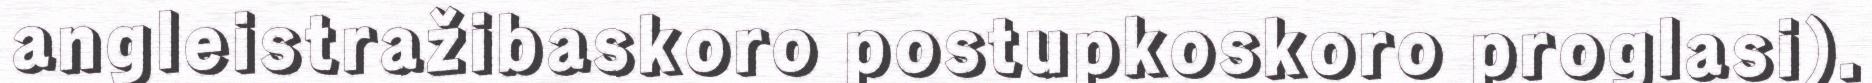
angleistražibaskoro postupkoskoro proglasi).